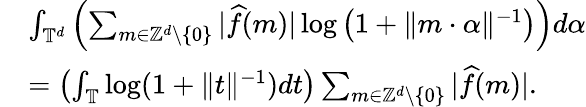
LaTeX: \begin{array}{rl}&{\int_{\mathbb{T}^{d}}\left(\sum_{m\in\mathbb{Z}^{d}\setminus\{ 0\} }|\widehat{f}(m)|\log\left(1+\Vert m\cdot\alpha\Vert^{-1}\right)\right)d\alpha}\\ &{=\left(\int_{\mathbb{T}}\log(1+\Vert t\Vert^{-1})dt\right)\sum_{m\in\mathbb{Z}^{d}\setminus\{ 0\} }|\widehat{f}(m)|.}\end{array}